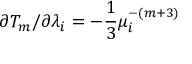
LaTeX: \partial T _ { m } / \partial \lambda _ { i } = - \frac { 1 } { 3 } \mu _ { i } ^ { - ( m + 3 ) }